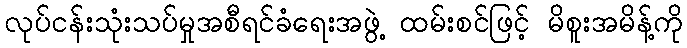
လုပ်ငန်းသုံးသပ်မှုအစီရင်ခံရေးအဖွဲ့ ထမ်းစင်ဖြင့် မိစူးအမိန့်ကို